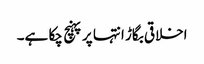
اخلاقی بگاڑ انتہا پر پہنچ چکا ہے۔